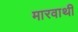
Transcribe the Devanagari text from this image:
मारवाथी